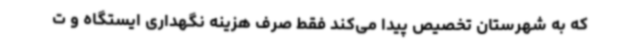
که به شهرستان تخصیص پیدا می‌کند فقط صرف هزینه نگهداری ایستگاه و ت